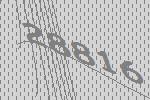
28816